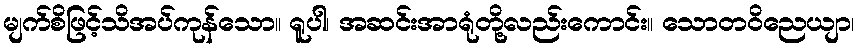
မျက်စိဖြင့်သိအပ်ကုန်သော။ ရူပါ၊ အဆင်းအာရုံတို့လည်းကောင်း။ သောတဝိညေယျာ၊